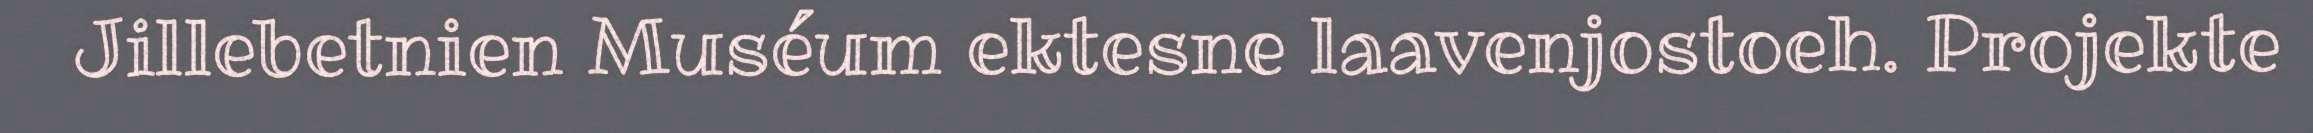
Jillebetnien Muséum ektesne laavenjostoeh. Projekte